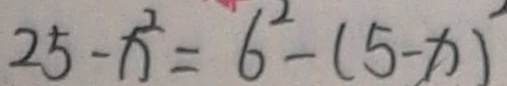
2 5 - x ^ { 2 } = 6 ^ { 2 } - ( 5 - x ) ^ { \prime }